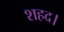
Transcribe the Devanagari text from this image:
शहद।